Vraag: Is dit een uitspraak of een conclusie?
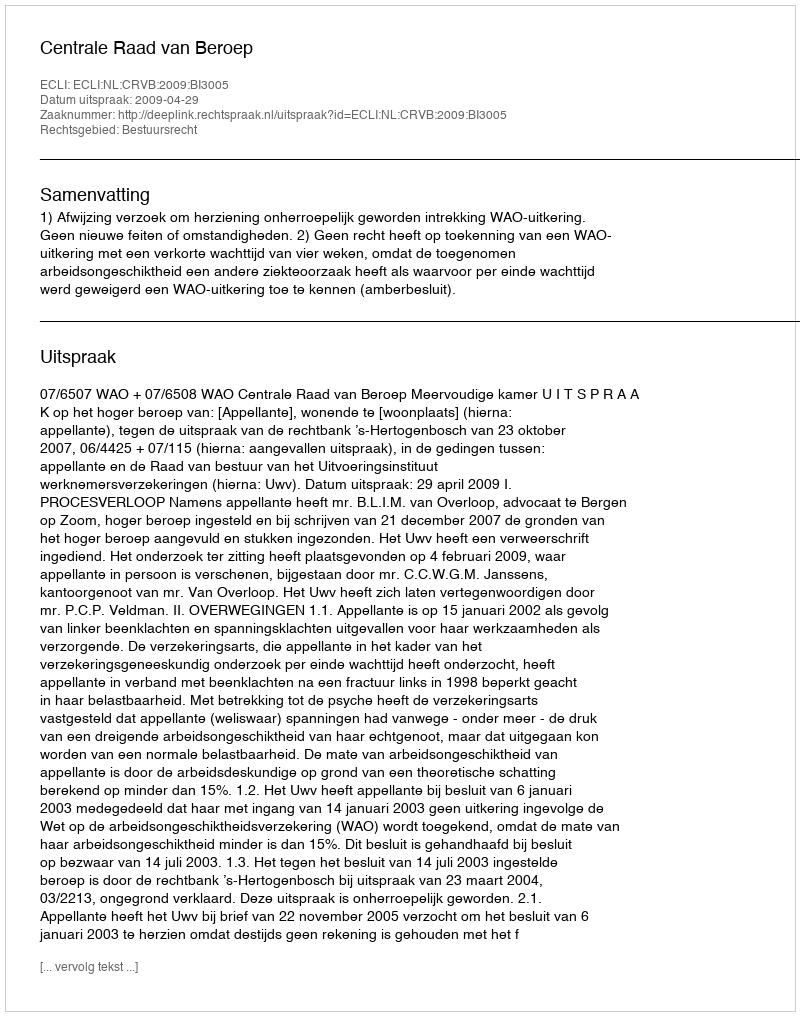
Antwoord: Uitspraak